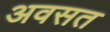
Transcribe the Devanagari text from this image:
अवसत